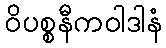
ဝိပစ္စနီကဝါဒါနံ